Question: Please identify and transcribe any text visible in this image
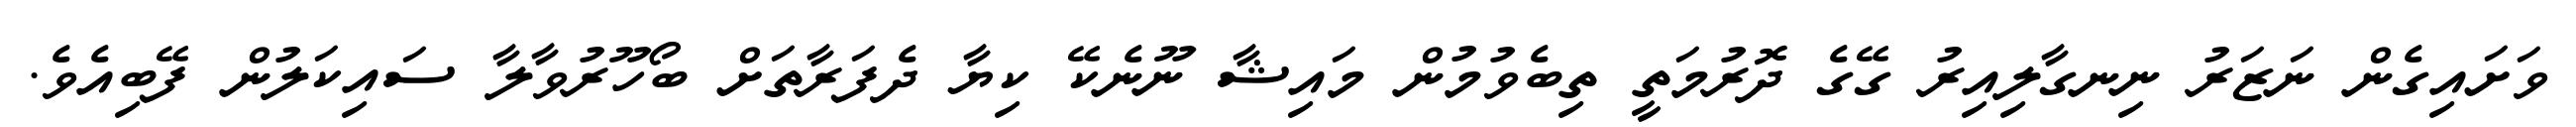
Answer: ވަށައިގެން ނަޒަރު ނިނގާލިއިރު ގޭގެ ދޮރުމަތީ ތިބެވުމުން މައިޝާ ނޫނެކޭ ކިޔާ ދެފަރާތަށް ބޯހޫރުވާލާ ސައިކަލުން ފޭބިއެވެ.